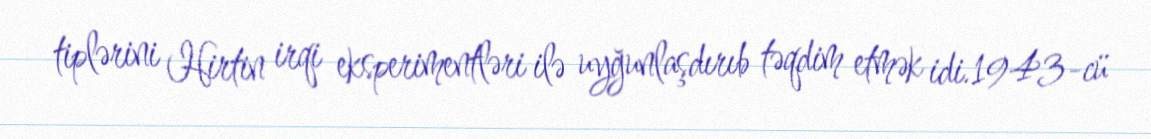
tiplərini Hirtin irqi eksperimentləri ilə uyğunlaşdırıb təqdim etmək idi.1943-cü